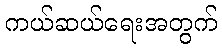
ကယ်ဆယ်ရေးအတွက်